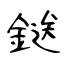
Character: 鎹